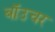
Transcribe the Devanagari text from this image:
बॉउचर